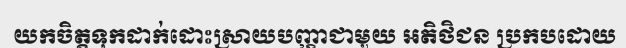
យកចិត្តទុកដាក់ដោះស្រាយបញ្ហាជាមួយ អតិថិជន ប្រកបដោយ